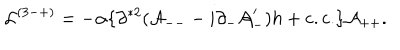
{ \cal L } ^ { ( 3 - + ) } = - \alpha \{ \partial ^ { * 2 } ( { \cal A } _ { -- } - i \partial _ { - } { \cal A } _ { - } ^ { \prime } ) h + \mathrm { c . c . } \} { \cal A } _ { + + } .